Vaccination United Provinces of Agra and Oudh 1914-1922 - 1914-1922
Year: 1914
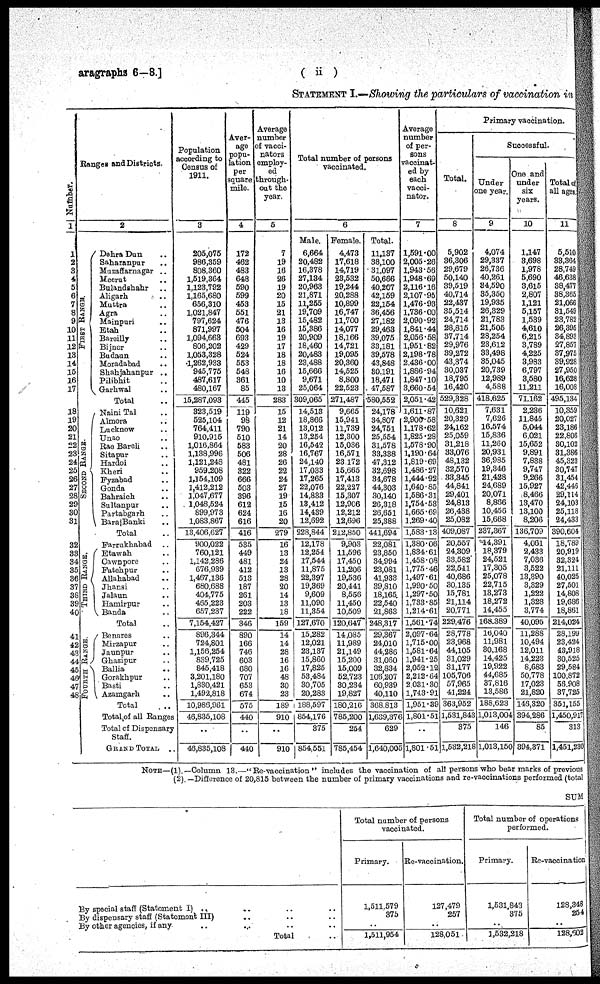
aragraphs 6—8.]
( ii )
STATEMENT I.—Showing the particulars of vaccination in
Number.
1
1
2
3
4
5
6
7
8
9
10
13
14
15
16
17
18
19
20
21
22
23
24
25
26
27
28
29
30
31
32
33
34
35
36
37
38
39
40
41
42
43
44
45
46
47
48
Ranges and Districts.
2
SECOND RANGE.
THIRD RANGE.
FOURTH RANGE.
Dehra Dun ..
Saharanpur ..
Muzaffarnagar ..
Meerut ..
Bulandshahr ..
Aligarh ..
Muttra ..
Agra ..
Mainpuri ..
Etah ..
Budaun ..
Moradabad ..
Shahjahanpur ..
Pilibhit ..
Garhwal ..
Total ..
Naini Tal ..
Almora ..
Lucknow ..
Unao ..
Rae Bareli ..
Sitapur ..
Hardoi ..
Kheri ..
Fyzabad ..
Gonda ..
Bahraich ..
Sultanpur ..
Partabgarh ..
Bara Banki ..
Total ..
Farrukhabad ..
Etawah ..
Cawnpore ..
Fatehpur ..
Allahabad ..
Jhansi ..
Jalaun ..
Hamirpur ..
Banda ..
Total ..
Benares ..
Mirzapur ..
Jaunpur ..
Ghazipur ..
Ballia ..
Gorakhpur ..
Basti ..
Azamgarh ..
Total ..
Total of all Ranges
Total of Dispensary
Staff.
GRAND TOTAL ..
Population
according to
Census of
1911.
3
205,075
986,359
808,360
1,519,364
1,123,792
1,165,680
656,310
1,021,847
797,624
871,997
1,053,328
1,262,933
945,775
487,617
480,167
15,287,093
323,519
525,104
764,411
910,915
1,016,864
1,138,996
1,121,248
959,208
1,154,109
1,412,212
1,047,677
1,048,524
899,973
1,083,867
13,406,627
900,022
760,121
1,142,286
676,939
1,467,136
680,688
404,775
465,223
657,237
7,154,427
896,344
724,801
1,156,254
839,725
845,418
3,201,180
1,830,421
1,492,818
10,986,961
46,835,108
..
46,835,108
Aver-
age
popu-
lation
per
square
mile.
4
172
462
483
648
590
599
453
551
476
504
524
553
548
361
85
445
119
98
790
510
583
506
481
322
666
503
396
612
624
616
416
535
449
481
412
513
187
261
203
222
346
890
166
746
603
680
707
653
674
575
440
..
440
Average
number
of vacci-
nators
employ-
ed
through-
out the
year.
5
7
19
16
26
19
20
15
21
13
16
18
18
16
10
13
283
15
12
21
14
20
28
26
22
24
27
19
15
16
20
279
16
13
24
13
28
20
14
13
18
159
14
14
28
16
16
48
30
23
189
910
..
910
Total number of persons
vaccinated.
6
Male.
6,664
20,482
16,378
27,134
20,963
21,871
11,255
19,709
15,482
15,386
20,483
23,488
15,666
9,671
25,064
309,065
14,513
18,866
13,012
13,254
16,542
16,767
24,140
17,033
17,265
22,076
14,833
13,412
14,439
12,692
228,844
12,178
12,254
17,544
11,875
22,397
19,369
9,609
11,090
11,354
127,670
15,282
12,021
23,137
15,860
17,825
53,484
30,705
20,283
188,597
854,176
375
854,551
Female.
4,473
17,618
14,719
23,532
19,244
20,288
10,899
16,747
11,700
14,077
19,095
20,360
14,525
8,800
22,523
271,487
9,665
15,941
11,739
12,300
15,036
16,571
23,172
15,665
17,413
22,227
15,307
12,906
12,212
12,696
212,850
9,903
11,596
17,450
11,206
19,536
20,441
8,556
11,450
10,509
120,647
14,085
11,989
21,149
15,200
15,009
52,723
30,234
19,827
180,216
785,200
254
785,454
Total.
11,137
38,100
31,097
50,666
40,207
42,159
22,154
36,456
27,182
29,463
39,578
43,848
30,191
18,471
47,587
580,552
24,178
34,807
24,751
25,554
31,578
33,338
47,312
32,698
34,678
44,303
30,140
26,318
26,651
25,388
441,694
22,081
23,850
34,994
23,081
41,933
39,810
18,165
22,540
21,863
248,317
29,367
24,010
44,286
31,060
32,834
106,207
60,939
40,110
368,813
1,639,376
629
1,640,005
Average
number
of per-
sons
vaccinat-
ed by
each
vacci-
nator.
7
1,591.00
2,005.26
1,943.56
1,948.69
2,116.16
2,107.95
1,476.93
1,736.00
2,090.92
1,841.44
2,198.78
2,436.00
1,886.94
1,847.10
3,660.54
2,051.42
1,611.87
2,900.58
1,178.62
1,825.28
1,578.90
1,190.64
1,819.69
1,486.27
1,444.92
1,640.85
1,586.31
1,754.53
1,665.69
1,269.40
1,583.13
1,380.06
1,834.61
1,458.08
1,775.46
1,497.61
1,990.50
1,297.50
1,733.85
1,214.61
1,561.74
2,097.64
1,715.00
1,581.64
1,941.25
2,052.12
2,212.64
2,031.30
1,743.91
1,951.39
1,801.51
..
1,801.51
Primary vaccination.
Total.
8
5,902
36,306
29,679
50,140
39,519
40,714
22,437
35,514
24,714
28,815
39,272
43,374
30,037
18,795
16,420
529,328
10,621
20,329
24,162
25,059
31,218
33,076
48,132
32,570
33,345
44,841
29,401
24,813
26,438
25,082
409,087
20,557
24,309
33,582
22,541
40,686
30,135
15,781
21,114
20,771
229,476
28,778
23,968
44,105
31,029
31,177
105,706
57,965
41,224
363,952
1,531,843
375
1,532,218
Successful
Under
one year.
9
4,074
29,337
26,736
40,261
34,590
35,350
19,935
26,329
21,783
21,505
33,498
35,045
20,739
12,989
4,588
418,625
7,631
7,626
16,574
15,836
11,260
20,931
36,985
19,346
21,428
24,689
20,071
8,866
10,456
15,668
237,367
14,391
18,379
24,521
17,305
25,078
22,715
13,273
18,272
14,455
168,389
16,040
11,981
30,168
14,425
19,922
44,685
37,816
13,586
188,623
1,013,004
146
1,013,150
One and
under
six
years.
10
1,147
3,698
1,978
5,690
3,615
2,807
1,121
5,157
1,539
4,610
4,225
3,983
6,797
3,580
11,211
71,162
2,236
11,845
5,044
6,021
15,652
9,891
7,838
9,747
9,266
15,927
8,466
13,470
13,100
8,206
136,709
4,061
2,433
7,036
3,522
13,390
3,329
1,222
1,328
3,774
40,095
11,288
10,494
12,011
14,223
8,683
50,778
17,023
21,820
146,320
394,286
85
394,371
Total of
all ages.
11
5,510
33,364
28,749
46,638
38,477
38,365
21,066
31,549
23,782
26,395
37,975
39,928
27,950
16,628
16,008
495,134
10,359
20,027
23,186
22,806
30,102
31,386
45,323
30,747
31,454
42,446
29,114
24,103
25,118
24,433
390,604
18,789
20,919
32,324
21,111
40,025
27,501
14,808
19,686
18,861
214,024
28,199
23,424
43,918
30,525
29,584
100,872
56,908
37,725
353,155
1,450,917
313
1,451,230
NOTE—(1).—Column 13.—" Re-vaccination " includes the vaccination of all persons who bear marks of previous
(2). —Difference of 20,815 between the number of primary vaccinations and re-vaccinations performed (total
SUM
By special staff (Statement I) .. .. ..
By dispensary staff (Statement III) .. ..
By other agencies, if any .. ..
Total ..
Total number of persons
vaccinated.
Primary.
1,511,579
375
..
1,511,954
Re-vaccination.
127,479
257
..
128,051
Total number of operations
performed.
Primary.
1,531,843
375
..
1,532,218
Re-vaccination
128,348
254
..
128,602